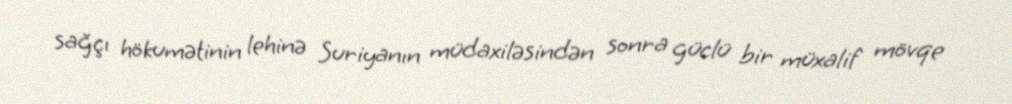
sağçı hökumətinin lehinə Suriyanın müdaxiləsindən sonra güclü bir müxalif mövqe